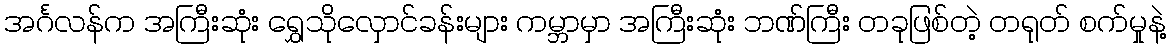
အင်္ဂလန်က အကြီးဆုံး ရွှေသိုလှောင်ခန်းများ ကမ္ဘာမှာ အကြီးဆုံး ဘဏ်ကြီး တခုဖြစ်တဲ့ တရုတ် စက်မှုနဲ့